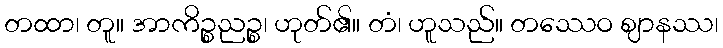
တထာ၊ တူ။ အာကိဉ္စညဉ္စ၊ ဟုတ်၏။ တံ၊ ဟူသည်။ တဿေဝ ဈာနဿ၊